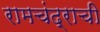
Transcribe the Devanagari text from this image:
रामचंद्राची